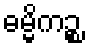
ဓမ္မိကဉ္စ